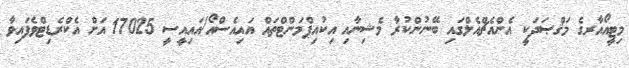
މިޓީއޯއާރގެ މަޤްޞަދަކީ އެންއެޗްއެލްގައި ބޭނުންކުރާ މެޝިނާއި އިކުއިޕްމަންޓްތައް އައިއެސްއޯ/އައިއީސީ 17025 އަށް އެކްރެޑިޓްވެފައިވާ